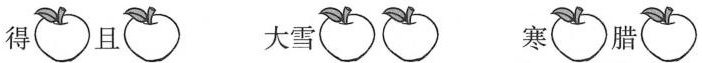
得 且 大雪 寒 腊